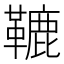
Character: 𩌫